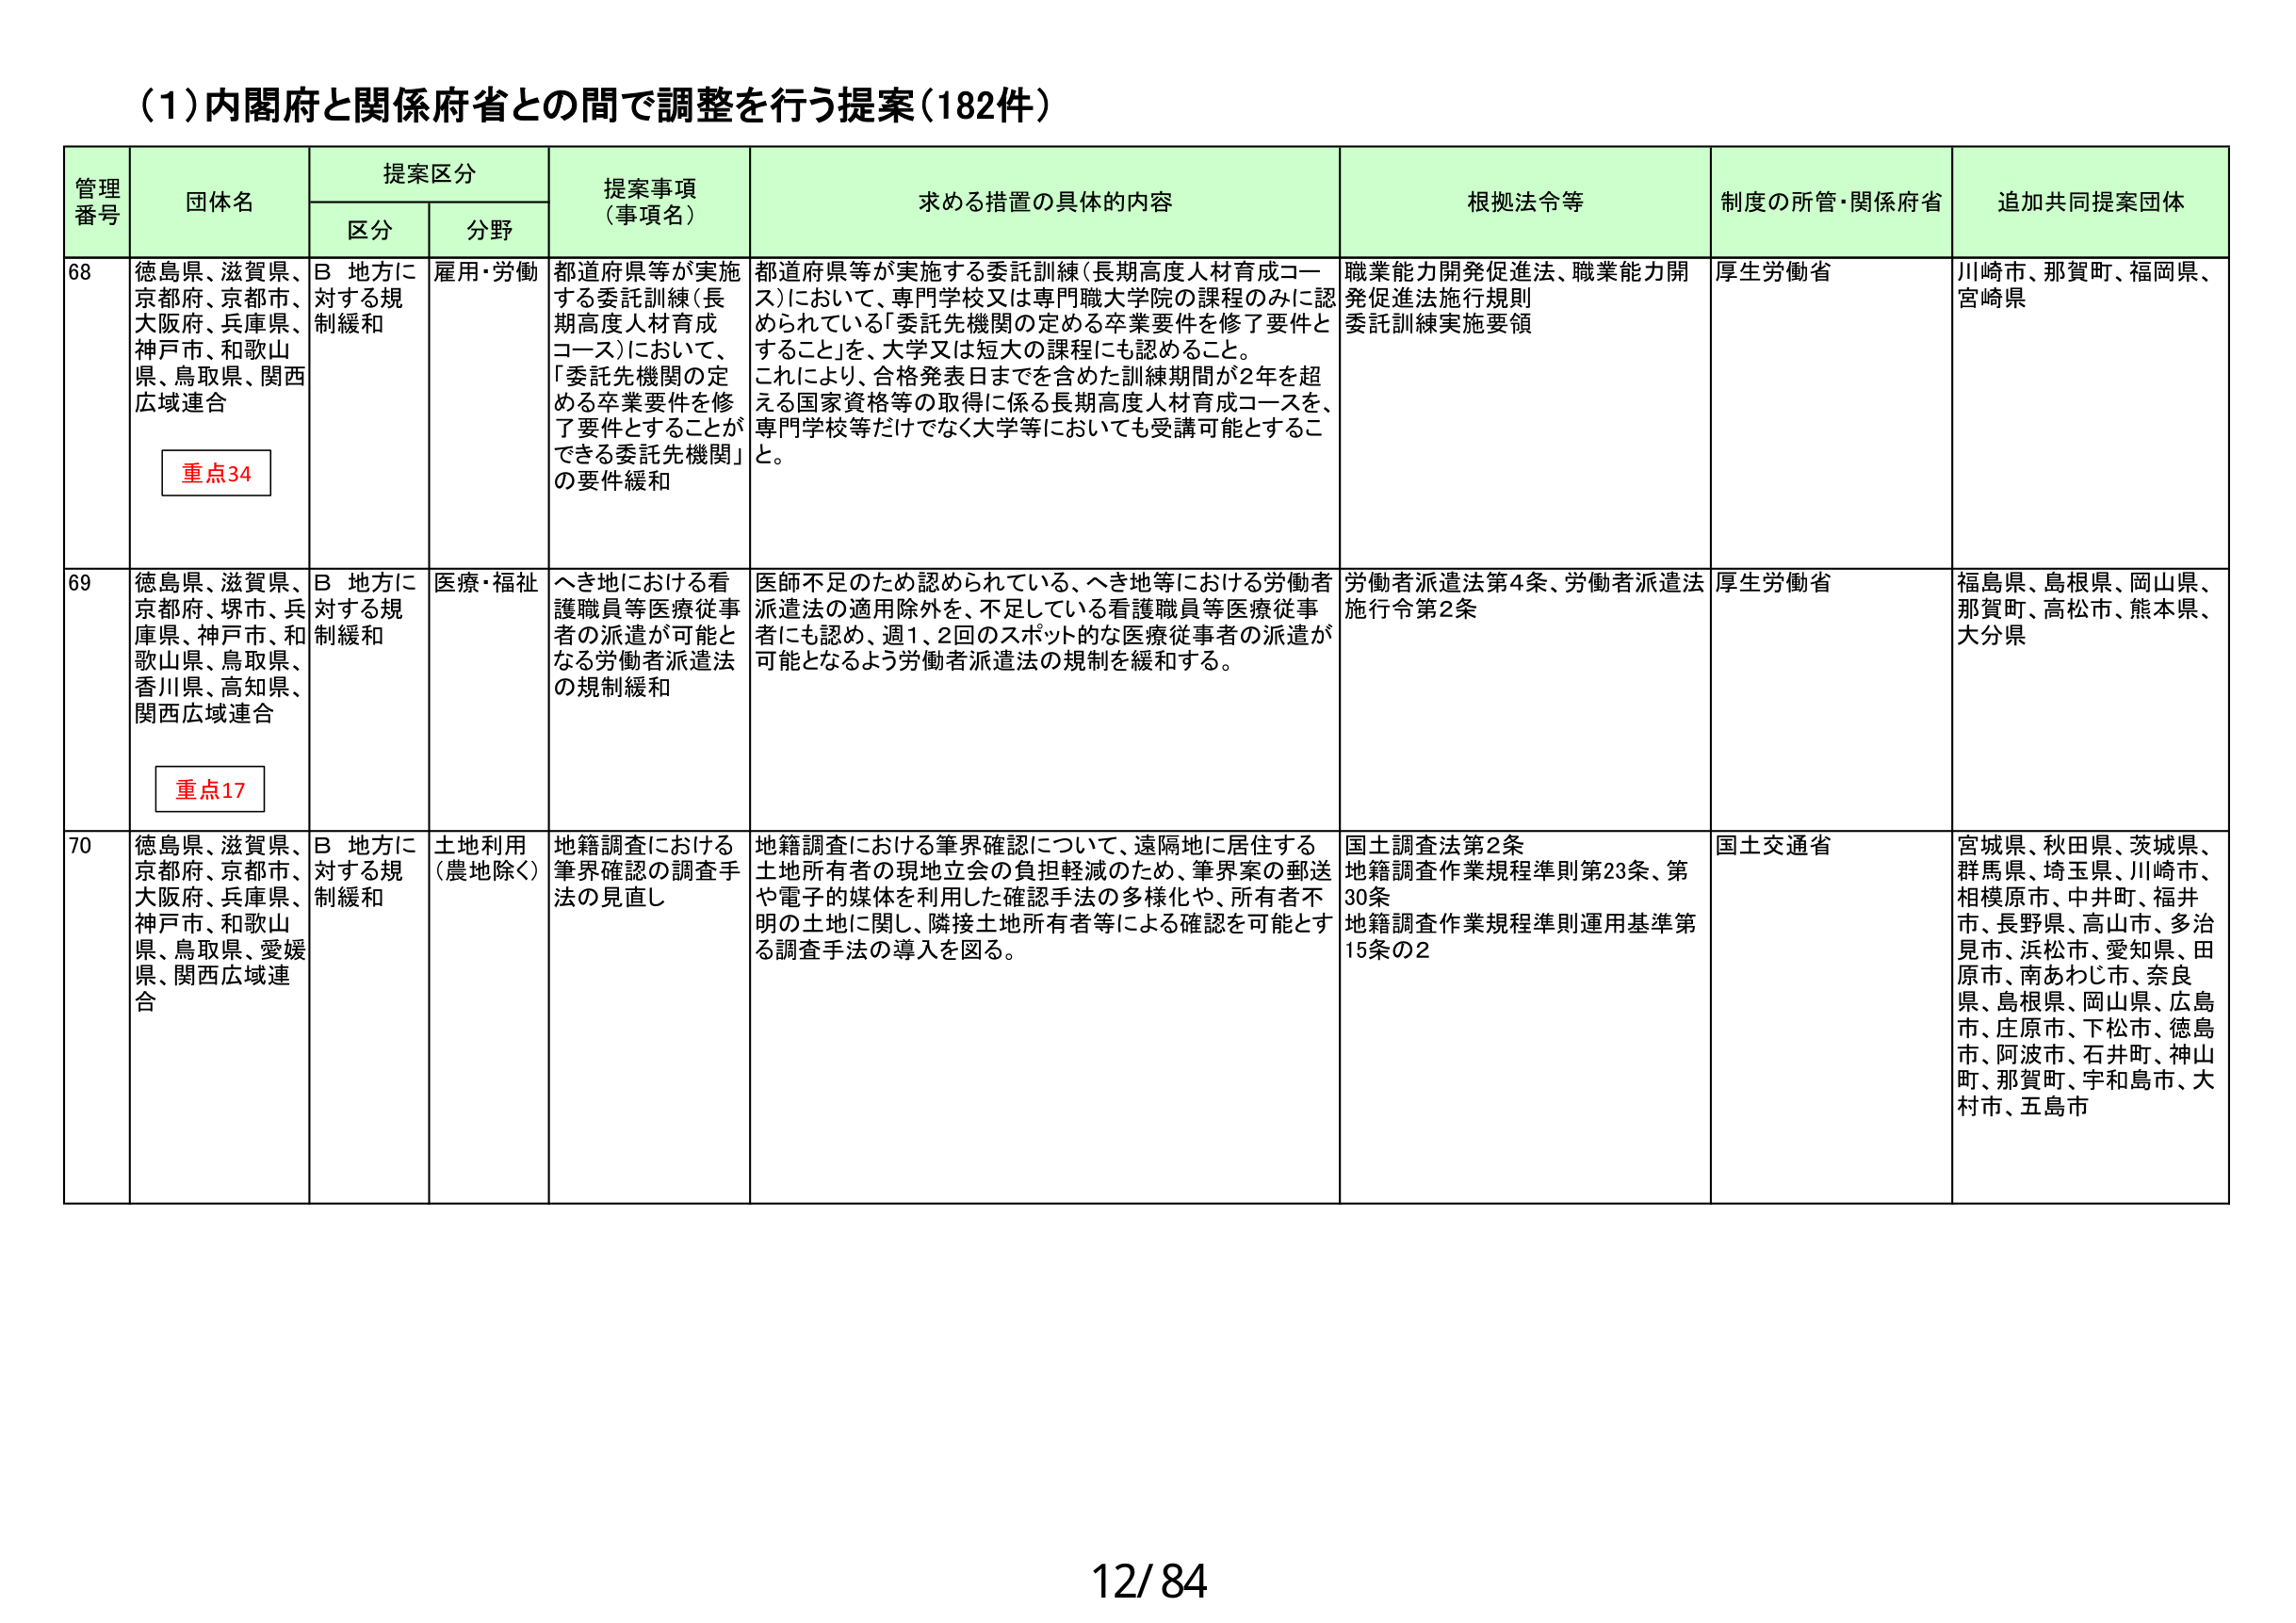
(1)内閣府と関係府省との間で調整を行う提案(182件)

管理番号 団体名 提案区分 提案事項（事項名） 求める措置の具体的内容 根拠法令等 制度の所管・関係府省 追加共同提案団体
区分 分野

68 徳島県、滋賀県、京都府、京都市、大阪府、兵庫県、神戸市、和歌山県、鳥取県、関西広域連合 重点34 B 地方に対する規制緩和 雇用・労働 都道府県等が実施する委託訓練（長期高度人材育成コース）において、「委託先機関の定める卒業要件を修了要件とすることができる委託先機関」の要件緩和 都道府県等が実施する委託訓練（長期高度人材育成コース）において、専門学校又は専門職大学院の課程のみに認められている「委託先機関の定める卒業要件を修了要件とすること」を、大学又は短大の課程にも認めること。これにより、合格発表日までを含めた訓練期間が2年を超える国家資格等の取得に係る長期高度人材育成コースを、専門学校等だけでなく大学等においても受講可能とすること。 職業能力開発促進法、職業能力開発促進法施行規則、委託訓練実施要領 厚生労働省 川崎市、那賀町、福岡県、宮崎県

69 徳島県、滋賀県、京都府、堺市、兵庫県、神戸市、和歌山県、鳥取県、香川県、高知県、関西広域連合 重点17 B 地方に対する規制緩和 医療・福祉 へき地における看護職員等医療従事者の派遣が可能となる労働者派遣法の規制緩和 医師不足のため認められている、へき地等における労働者派遣法の適用除外を、不足している看護職員等医療従事者にも認め、週1、2回のスポット的な医療従事者の派遣が可能となるよう労働者派遣法の規制を緩和する。 労働者派遣法第4条、労働者派遣法施行令第2条 厚生労働省 福島県、島根県、岡山県、那賀町、高松市、熊本県、大分県

70 徳島県、滋賀県、京都府、京都市、大阪府、兵庫県、神戸市、和歌山県、鳥取県、愛媛県、関西広域連合 B 地方に対する規制緩和 土地利用（農地除く） 地籍調査における筆界確認の調査手法の見直し 地籍調査における筆界確認について、遠隔地に居住する土地所有者の現地立会の負担軽減のため、筆界案の郵送や電子的媒体を利用した確認手法の多様化や、所有者不明の土地に関し、隣接土地所有者等による確認を可能とする調査手法の導入を図る。 国土調査法第2条、地籍調査作業規程準則第23条、第30条、地籍調査作業規程準則運用基準第15条の2 国土交通省 宮城県、秋田県、茨城県、群馬県、埼玉県、川崎市、相模原市、中井町、福井市、長野県、高山市、多治見市、浜松市、愛知県、田原市、南あわじ市、奈良県、島根県、岡山県、広島市、庄原市、下松市、徳島市、阿波市、石井町、神山町、那賀町、宇和島市、大村市、五島市

12/84